Indian journal of veterinary science and animal husbandry - Volume 1,
Year: 1931
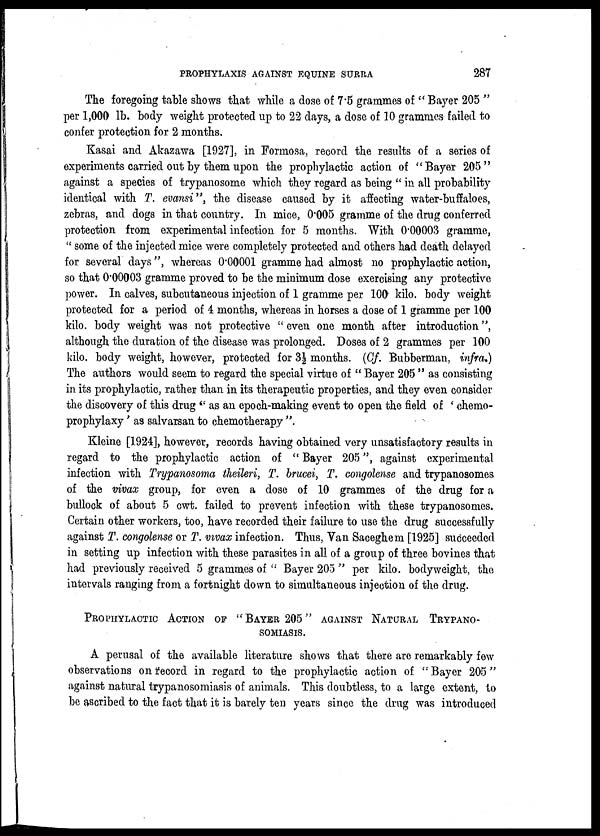
PROPHYLAXIS AGAINST EQUINE SURRA
287
The foregoing table shows that while a dose of 7.5 grammes of " Bayer 205 "
per 1,000 lb. body weight protected up to 22 days, a dose of 10 grammes failed to
confer protection for 2 months.
Kasai and Akazawa [1927], in Formosa, record the results of a series of
experiments carried out by them upon the prophylactic action of "Bayer 205"
against a species of trypanosome which they regard as being " in all probability
identical with T. evansi", the disease caused by it affecting water-buffaloes,
zebras, and dogs in that country. In mice, 0.005 gramme of the drug conferred
protection from experimental infection for 5 months. With 0.00003 gramme,
" some of the injected mice were completely protected and others had death delayed
for several days", whereas 0.00001 gramme had almost no prophylactic action,
so that 0.00003 gramme proved to be the minimum dose exercising any protective
power. In calves, subcutaneous injection of 1 gramme per 100 kilo. body weight
protected for a period of 4 months, whereas in horses a dose of 1 gramme per 100
kilo. body weight was not protective " even one month after introduction",
although the duration of the disease was prolonged. Doses of 2 grammes per 100
kilo. body weight, however, protected for 3½ months. (Cf. Bubberman, infra,)
The authors would seem to regard the special virtue of " Bayer 205 " as consisting
in its prophylactic, rather than in its therapeutic properties, and they even consider
the discovery of this drug " as an epoch-making event to open the field of ' chemo-
prophylaxy' as salvarsan to chemotherapy ".
Kleine [1924], however, records having obtained very unsatisfactory results in
regard to the prophylactic action of " Bayer 205", against experimental
infection with Trypanosoma theileri, T. brucei, T. congolense and trypanosomes
of the vivax group, for even a dose of 10 grammes of the drug for a
bullock of about 5 cwt. failed to prevent infection with these trypanosomes.
Certain other workers, too, have recorded their failure to use the drug successfully
against T. congolense or T. vivax infection. Thus, Van Saceghem [1925] succeeded
in setting up infection with these parasites in all of a group of three bovines that
had previously received 5 grammes of " Bayer 205 " per kilo. bodyweight, the
intervals ranging from a fortnight down to simultaneous injection of the drug.
PROPHYLACTIC ACTION OF "BAYER 205" AGAINST NATURAL T
SOMIASIS.
A perusal of the available literature shows that there are remarkably few
observations on record in regard to the prophylactic action of " Bayer 205"
against natural trypanosomiasis of animals. This doubtless, to a large extent, to
be ascribed to the fact that it is barely ten years since the drug was introduced